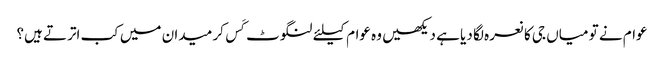
عوام نے تو میاں جی کا نعرہ لگا دیا ہے دیکھیں وہ عوام کیلئے لنگوٹ کَس کر میدان میں کب اترتے ہیں؟